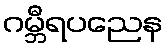
ဂမ္ဘီရပညေန